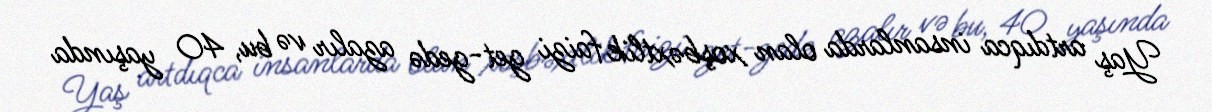
Yaş artdıqca insanlarda olan xoşbəxtlik faizi get-gedə azalır və bu, 40 yaşında